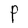
Character: P